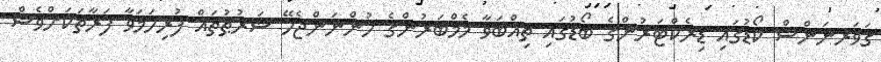
ގަވަރނަންސް ކޯޑުގައި ޑިރެކްޓަރުންގެ ބޯޑުގައި ތިއްބަވާ މެމްބަރުންގެ ހުންނަންޖެހޭ ޝަރުޠުތައް ފުރިހަމަވާ ފަރާތަކަށްވެސް